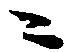
ニ